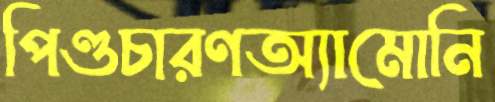
পিণ্ডচারণঅ্যামোনি